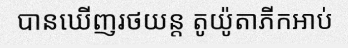
បានឃើញរថយន្ត តូយ៉ូតាភីកអាប់